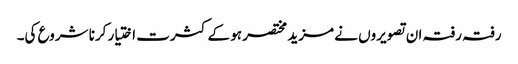
رفتہ رفتہ ان تصویروں نے مزید مختصر ہو کے کثرت اختیار کرنا شروع کی۔